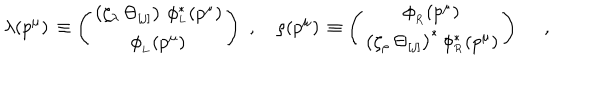
\lambda ( p ^ { \mu } ) \, \equiv \left( \begin{array} { c } { { \left( \zeta _ { \lambda } \, \Theta _ { [ j ] } \right) \, \phi _ { _ L } ^ { \ast } ( p ^ { \mu } ) } } \\ { { \phi _ { _ L } ( p ^ { \mu } ) } } \\ \end{array} \right) \, \, , \quad \rho ( p ^ { \mu } ) \, \equiv \left( \begin{array} { c } { { \phi _ { _ R } ( p ^ { \mu } ) } } \\ { { \left( \zeta _ { \rho } \, \Theta _ { [ j ] } \right) ^ { \ast } \, \phi _ { _ R } ^ { \ast } ( p ^ { \mu } ) } } \\ \end{array} \right) \, \, \quad ,